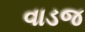
વાડજ